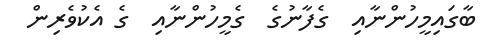
ބާގައިމީހުންނާއި  ގެފާނުގެ  ގެމީހުންނާއި  ގެ އެކުވެރިން